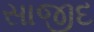
સાજીદ